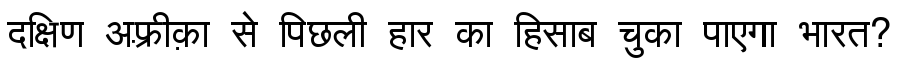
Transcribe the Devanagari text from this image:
दक्षिण अफ़्रीक़ा से पिछली हार का हिसाब चुका पाएगा भारत?